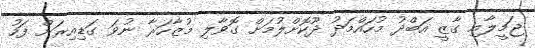
ޖަމީލާއި ގާޒީ އަބްދު މުހައްމަދު ދޫކޮށްލުމަށް ގޮވާލި މުޒާހަރާ ނުވަ ގަޑިއިރަށް ފަހު